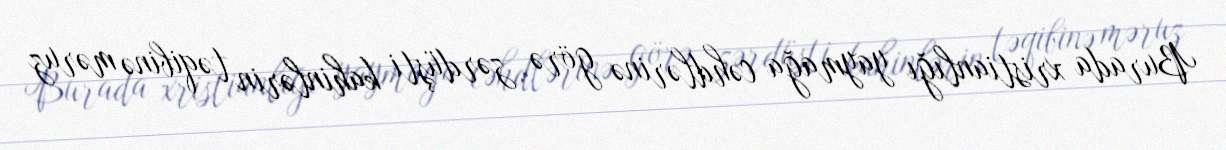
Burada xristianlığı yaymağa cəhdlərinə görə zərdüşti kahinlərin təqibinə məruz